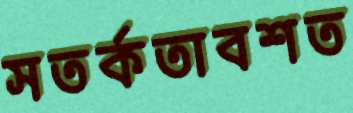
সতর্কতাবশত